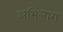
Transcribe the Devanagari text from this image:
अभिलाग